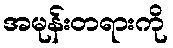
အမုန်းတရားကို